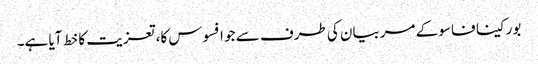
بورکینا فاسو کے مربیان کی طرف سے جو افسوس کا، تعزیت کا خط آیا ہے۔